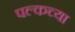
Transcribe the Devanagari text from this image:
पल्कच्या